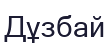
Дұзбай